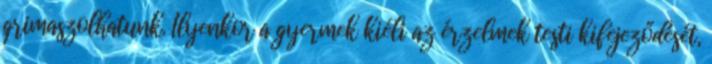
grimaszolhatunk. Ilyenkor a gyermek kiéli az érzelmek testi kifejeződését,